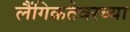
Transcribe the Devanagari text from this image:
लैंगिकतेवरच्या